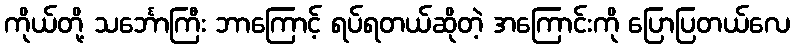
ကိုယ်တို့ သင်္ဘောကြီး ဘာကြောင့် ရပ်ရတယ်ဆိုတဲ့ အကြောင်းကို ပြောပြတယ်လေ